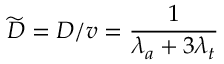
\widetilde D = D / v = \frac { 1 } { \lambda _ { a } + 3 \lambda _ { t } }